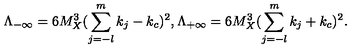
\Lambda _ { - \infty } = 6 M _ { X } ^ { 3 } ( \sum _ { j = - l } ^ { m } k _ { j } - k _ { c } ) ^ { 2 } , \Lambda _ { + \infty } = 6 M _ { X } ^ { 3 } ( \sum _ { j = - l } ^ { m } k _ { j } + k _ { c } ) ^ { 2 } . \,